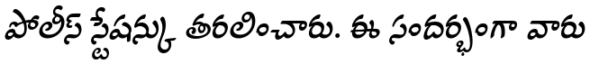
పోలీస్ స్టేషన్కు తరలించారు. ఈ సందర్భంగా వారు